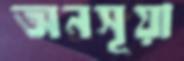
অনসূয়া